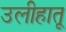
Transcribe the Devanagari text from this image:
उलीहातू